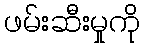
ဖမ်းဆီးမှုကို